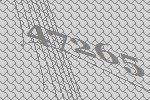
47265